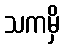
သကမှိ